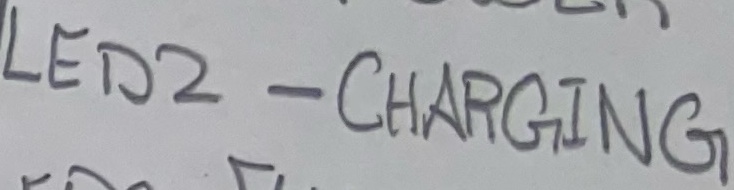
Text: LED2 - CHARGING